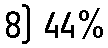
8) 44%